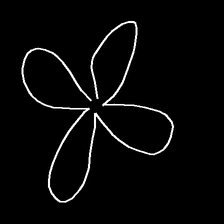
Glyph: billowing